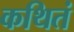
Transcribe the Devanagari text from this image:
कथितं